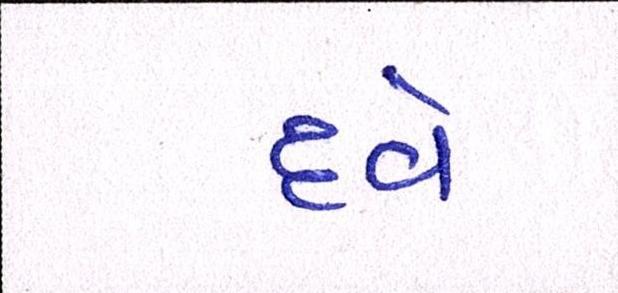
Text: દવે